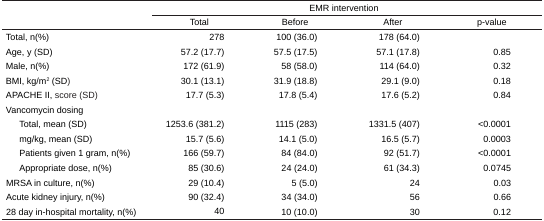
|  | <COLSPAN=4> EMR intervention |
 |  | Total | Before | After | p-value |
 | --- | --- | --- | --- | --- |
 | Total, n(%) | 278 | 100 (36.0) | 178 (64.0) |  |
 | Age, y (SD) | 57.2 (17.7) | 57.5 (17.5) | 57.1 (17.8) | 0.85 |
 | Male, n(%) | 172 (61.9) | 58 (58.0) | 114 (64.0) | 0.32 |
 | BMI, kg/m2 (SD) | 30.1 (13.1) | 31.9 (18.8) | 29.1 (9.0) | 0.18 |
 | APACHE II, score (SD) | 17.7 (5.3) | 17.8 (5.4) | 17.6 (5.2) | 0.84 |
 | <COLSPAN=5> Vancomycin dosing |
 | Total, mean (SD) | 1253.6 (381.2) | 1115 (283) | 1331.5 (407) | <0.0001 |
 | mg/kg, mean (SD) | 15.7 (5.6) | 14.1 (5.0) | 16.5 (5.7) | 0.0003 |
 | Patients given 1 gram, n(%) | 166 (59.7) | 84 (84.0) | 92 (51.7) | <0.0001 |
 | Appropriate dose, n(%) | 85 (30.6) | 24 (24.0) | 61 (34.3) | 0.0745 |
 | MRSA in culture, n(%) | 29 (10.4) | 5 (5.0) | 24 | 0.03 |
 | Acute kidney injury, n(%) | 90 (32.4) | 34 (34.0) | 56 | 0.66 |
 | 28 day in-hospital mortality, n(%) | 40 | 10 (10.0) | 30 | 0.12 |